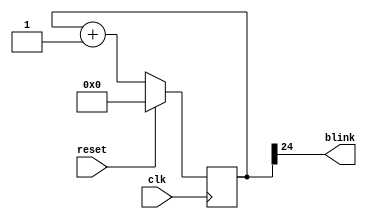
`timescale 1ns / 1ps
//////////////////////////////////////////////////////////////////////////////////
// Company: 
// Engineer: 
// 
// Design Name: 
// Module Name: blink_driver
// Project Name: 
// Target Devices: 
// Tool Versions: 
// Description: 
// 
// Dependencies: 
// 
// Revision:
// Revision 0.01 - File Created
// Additional Comments:
// 
//////////////////////////////////////////////////////////////////////////////////


module blink_driver #(

    parameter REG_SIZE = 25
    
    //200 MHz / 2^25 = 5,96 Hz > Blink frequency

 )(
    input clk,
    output blink,
    input reset
);
    
reg[REG_SIZE-1:0] c = 0;

always @(posedge clk) c <= reset?0:c+1;

assign blink = c[REG_SIZE-1];



    
endmodule